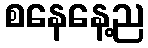
စနေနေ့ည